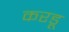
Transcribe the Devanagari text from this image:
करडू